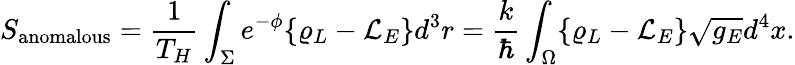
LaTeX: S_{\mathrm{anomalous}}={\frac{1}{T_{H}}}\int_{\Sigma}e^{-\phi}\{ \varrho_{L}-{\cal L}_{E}\} d^{3}r={\frac{k}{\hbar}}\int_{\Omega}\{ \varrho_{L}-{\cal L}_{E}\} \sqrt{g_{E}}d^{4}x.